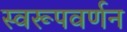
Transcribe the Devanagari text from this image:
स्वरूपवर्णन